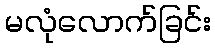
မလုံလောက်ခြင်း